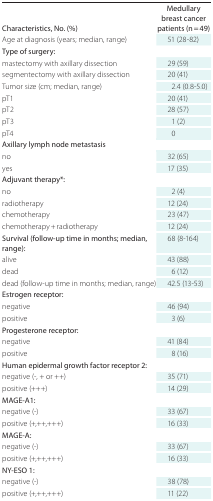
<table><thead><tr><td><b>Characteristics, No. (%)</b></td><td><b>Medullary breast cancer patients (n = 49)</b></td></tr></thead><tbody><tr><td>Age at diagnosis (years; median, range)</td><td>51 (28-82)</td></tr><tr><td>Type of surgery:</td><td></td></tr><tr><td>mastectomy with axillary dissection</td><td>29 (59)</td></tr><tr><td>segmentectomy with axillary dissection</td><td>20 (41)</td></tr><tr><td>Tumor size (cm; median, range)</td><td>2.4 (0.8-5.0)</td></tr><tr><td>pT1</td><td>20 (41)</td></tr><tr><td>pT2</td><td>28 (57)</td></tr><tr><td>pT3</td><td>1 (2)</td></tr><tr><td>pT4</td><td>0</td></tr><tr><td>Axillary lymph node metastasis</td><td></td></tr><tr><td>no</td><td>32 (65)</td></tr><tr><td>yes</td><td>17 (35)</td></tr><tr><td>Adjuvant therapy*:</td><td></td></tr><tr><td>no</td><td>2 (4)</td></tr><tr><td>radiotherapy</td><td>12 (24)</td></tr><tr><td>chemotherapy</td><td>23 (47)</td></tr><tr><td>chemotherapy + radiotherapy</td><td>12 (24)</td></tr><tr><td>Survival (follow-up time in months; median, range):</td><td>68 (8-164)</td></tr><tr><td>alive</td><td>43 (88)</td></tr><tr><td>dead</td><td>6 (12)</td></tr><tr><td>dead (follow-up time in months; median, range)</td><td>42.5 (13-53)</td></tr><tr><td>Estrogen receptor:</td><td></td></tr><tr><td>negative</td><td>46 (94)</td></tr><tr><td>positive</td><td>3 (6)</td></tr><tr><td>Progesterone receptor:</td><td></td></tr><tr><td>negative</td><td>41 (84)</td></tr><tr><td>positive</td><td>8 (16)</td></tr><tr><td>Human epidermal growth factor receptor 2:</td><td></td></tr><tr><td>negative (-, + or ++)</td><td>35 (71)</td></tr><tr><td>positive (+++)</td><td>14 (29)</td></tr><tr><td>MAGE-A1:</td><td></td></tr><tr><td>negative (-)</td><td>33 (67)</td></tr><tr><td>positive (+,++,+++)</td><td>16 (33)</td></tr><tr><td>MAGE-A:</td><td></td></tr><tr><td>negative (-)</td><td>33 (67)</td></tr><tr><td>positive (+,++,+++)</td><td>16 (33)</td></tr><tr><td>NY-ESO 1:</td><td></td></tr><tr><td>negative (-)</td><td>38 (78)</td></tr><tr><td>positive (+,++,+++)</td><td>11 (22)</td></tr></tbody></table>